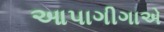
આપાગીગાએ